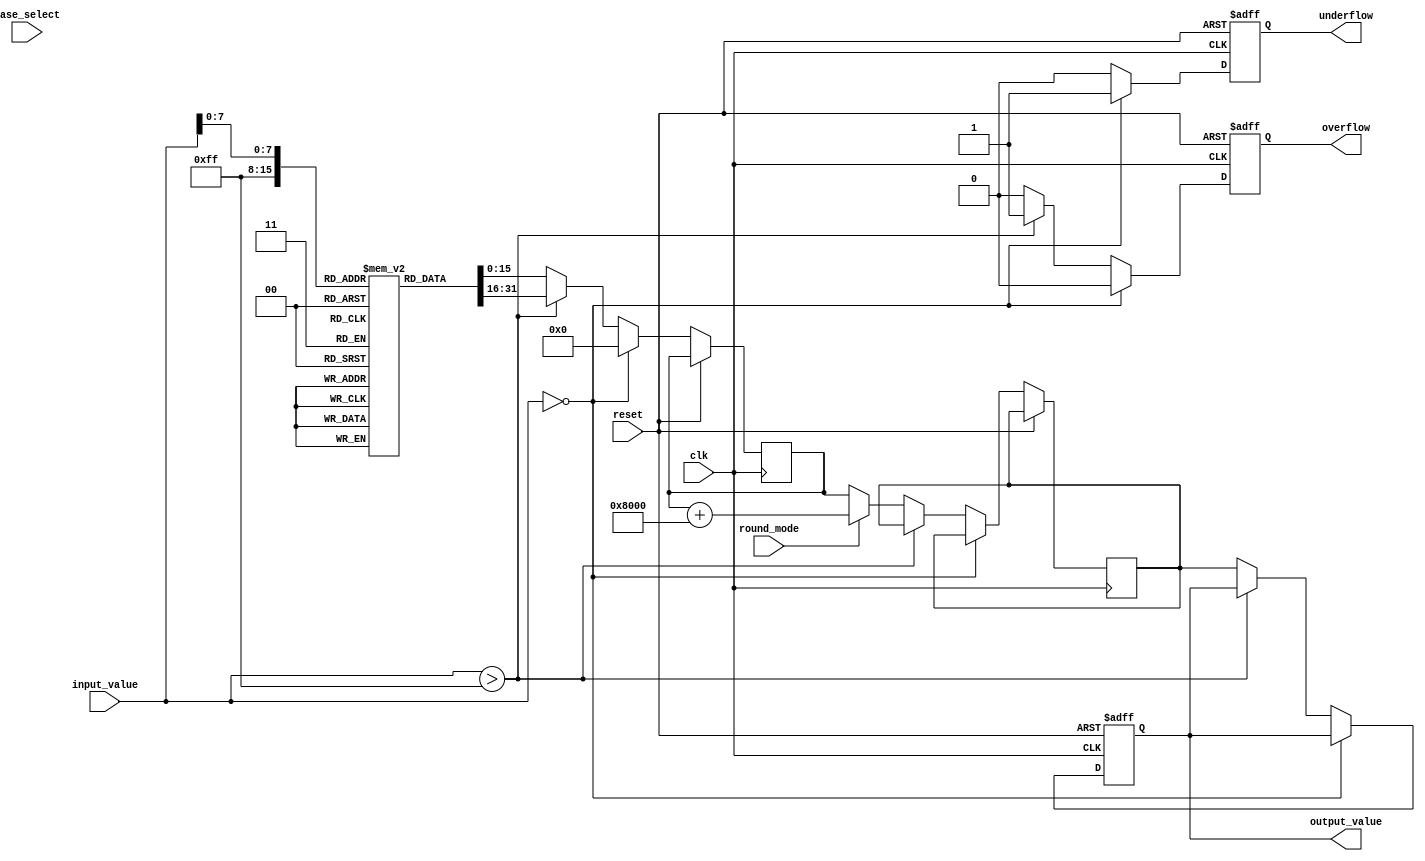
module LogarithmicUnit #(
    parameter N = 16,          // Input width (fixed-point)
    parameter M = 16,          // Output width (fixed-point)
    parameter BASE_SELECT_WIDTH = 1, // Base selection width
    parameter ROUND_MODE_WIDTH = 1    // Rounding mode width
)(
    input wire clk,
    input wire reset,
    input wire [N-1:0] input_value, // Fixed-point input value
    input wire [BASE_SELECT_WIDTH-1:0] base_select, // Base selection (0 for base 2, 1 for base 10)
    input wire [ROUND_MODE_WIDTH-1:0] round_mode, // Rounding mode
    output reg [M-1:0] output_value, // Fixed-point output value
    output reg overflow, // Overflow flag
    output reg underflow // Underflow flag
);

    // Internal variables
    reg [M-1:0] log_result; // Result of logarithmic calculation
    reg [M-1:0] rounded_result; // Result after rounding

    // Simple logarithm lookup table (for demonstration purposes)
    // This table should be filled with appropriate logarithm values
    reg [M-1:0] log_table [0:255]; // Example for 8-bit input, extend as needed

    // Initialize the logarithm lookup table (base 2 and base 10)
    initial begin
        // Populate log_table with base 2 logarithm values for inputs [0, 1]
        // and base 10 logarithm values for inputs [1, )
        // This is just an example; you would fill it with actual values.
        // log_table[0] = 0; // log2(1) = 0
        // log_table[1] = 1; // log2(2) = 1
        // log_table[2] = 2; // log2(4) = 2
        // ...
        // log_table[255] = 8; // log2(256) = 8
    end

    // Logarithmic calculation process
    always @(posedge clk or posedge reset) begin
        if (reset) begin
            output_value <= 0;
            overflow <= 0;
            underflow <= 0;
        end else begin
            // Input validation
            if (input_value == 0) begin
                underflow <= 1;
                overflow <= 0;
                log_result <= 0; // log(0) is undefined
            end else if (input_value > 255) begin
                overflow <= 1;
                underflow <= 0;
                log_result <= log_table[255]; // Example max value handling
            end else begin
                overflow <= 0;
                underflow <= 0;

                // Logarithm calculation based on base selection
                if (base_select == 0) begin
                    log_result <= log_table[input_value]; // Base 2
                end else begin
                    // Handle base 10 calculation (not implemented in this example)
                    log_result <= log_table[input_value]; // Placeholder
                end

                // Rounding process (simple rounding example)
                if (round_mode == 0) begin
                    rounded_result <= log_result; // No rounding
                end else begin
                    // Implement rounding logic here
                    rounded_result <= log_result + (1 << (M - 1)); // Example rounding up
                end

                // Assign final output value
                output_value <= rounded_result;
            end
        end
    end

endmodule